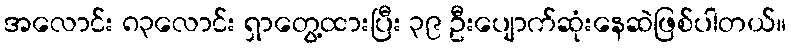
အလောင်း ၈၃လောင်း ရှာတွေ့ထားပြီး ၃၉ ဦးပျောက်ဆုံးနေဆဲဖြစ်ပါတယ်။